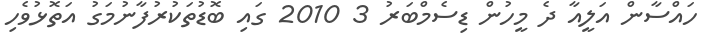
ހައްސާން އަލީއާ ދެ މީހުން ޑިސެމްބަރު 3 2010 ގައި ބޮޑުތަކުރުފާނުމަގު އަތޮޅުވެހި